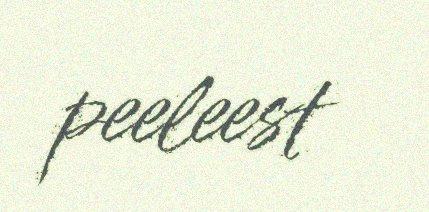
peeleest